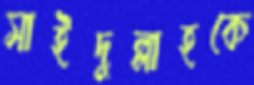
সাইদুল্লাহকে